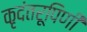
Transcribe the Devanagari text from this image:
कृदंतरूपिणी